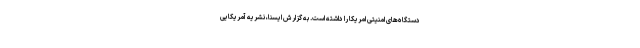
دستگاه‌های امنیتی امریکا را داشته است. به گزارش ایسنا، نشریه آمریکایی